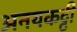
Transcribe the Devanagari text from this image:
अनयकट्टी